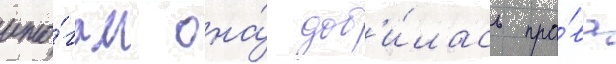
ито́гам она́ доб'и́лась пра́ва